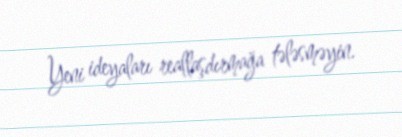
Yeni ideyaları reallaşdırmağa tələsməyin.